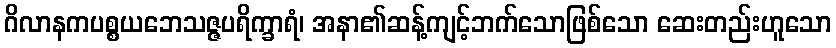
ဂိလာနကပစ္စယဘေသဇ္ဇပရိက္ခာရံ၊ အနာ၏ဆန့်ကျင့်ဘက်သောဖြစ်သော ဆေးတည်းဟူသော